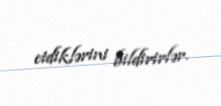
etdiklərini bildirirlər.